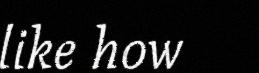
like how